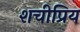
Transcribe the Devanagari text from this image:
शचीप्रिय